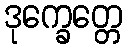
ဒုက္ခေတ္တေ